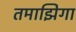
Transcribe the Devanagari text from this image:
तमाझिगा